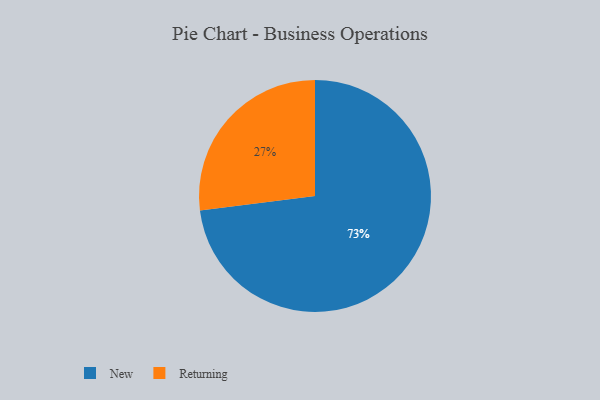
{"axis": {"x": "Category", "y": "Percentage"}, "legend": ["New", "Returning"], "data": [{"x": "Returning", "y": 27, "type": "Returning"}, {"x": "New", "y": 73, "type": "New"}]}